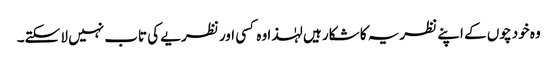
وہ خود چوں کے اپنے نظریہ کا شکار ہیں لہٰذا وہ کسی اور نظریے کی تاب نہیں لا سکتے۔